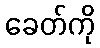
ခေတ်ကို